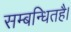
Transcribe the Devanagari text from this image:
सम्बन्धितहै।